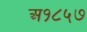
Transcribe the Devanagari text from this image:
अ१८५७